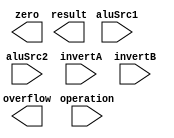
module ALU( result, zero, overflow, aluSrc1, aluSrc2, invertA, invertB, operation );
   
  output wire[31:0] result;
  output wire zero;
  output wire overflow;

  input wire[31:0] aluSrc1;
  input wire[31:0] aluSrc2;
  input wire invertA;
  input wire invertB;
  input wire[1:0] operation;
  
  /*your code here*/
	  
endmodule